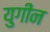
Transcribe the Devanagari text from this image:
युगीन